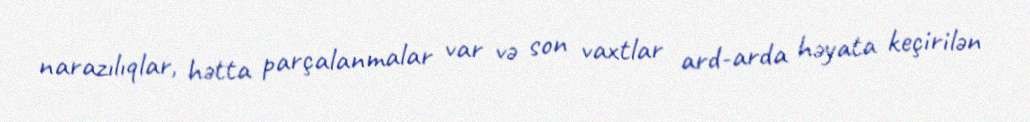
narazılıqlar, hətta parçalanmalar var və son vaxtlar ard-arda həyata keçirilən